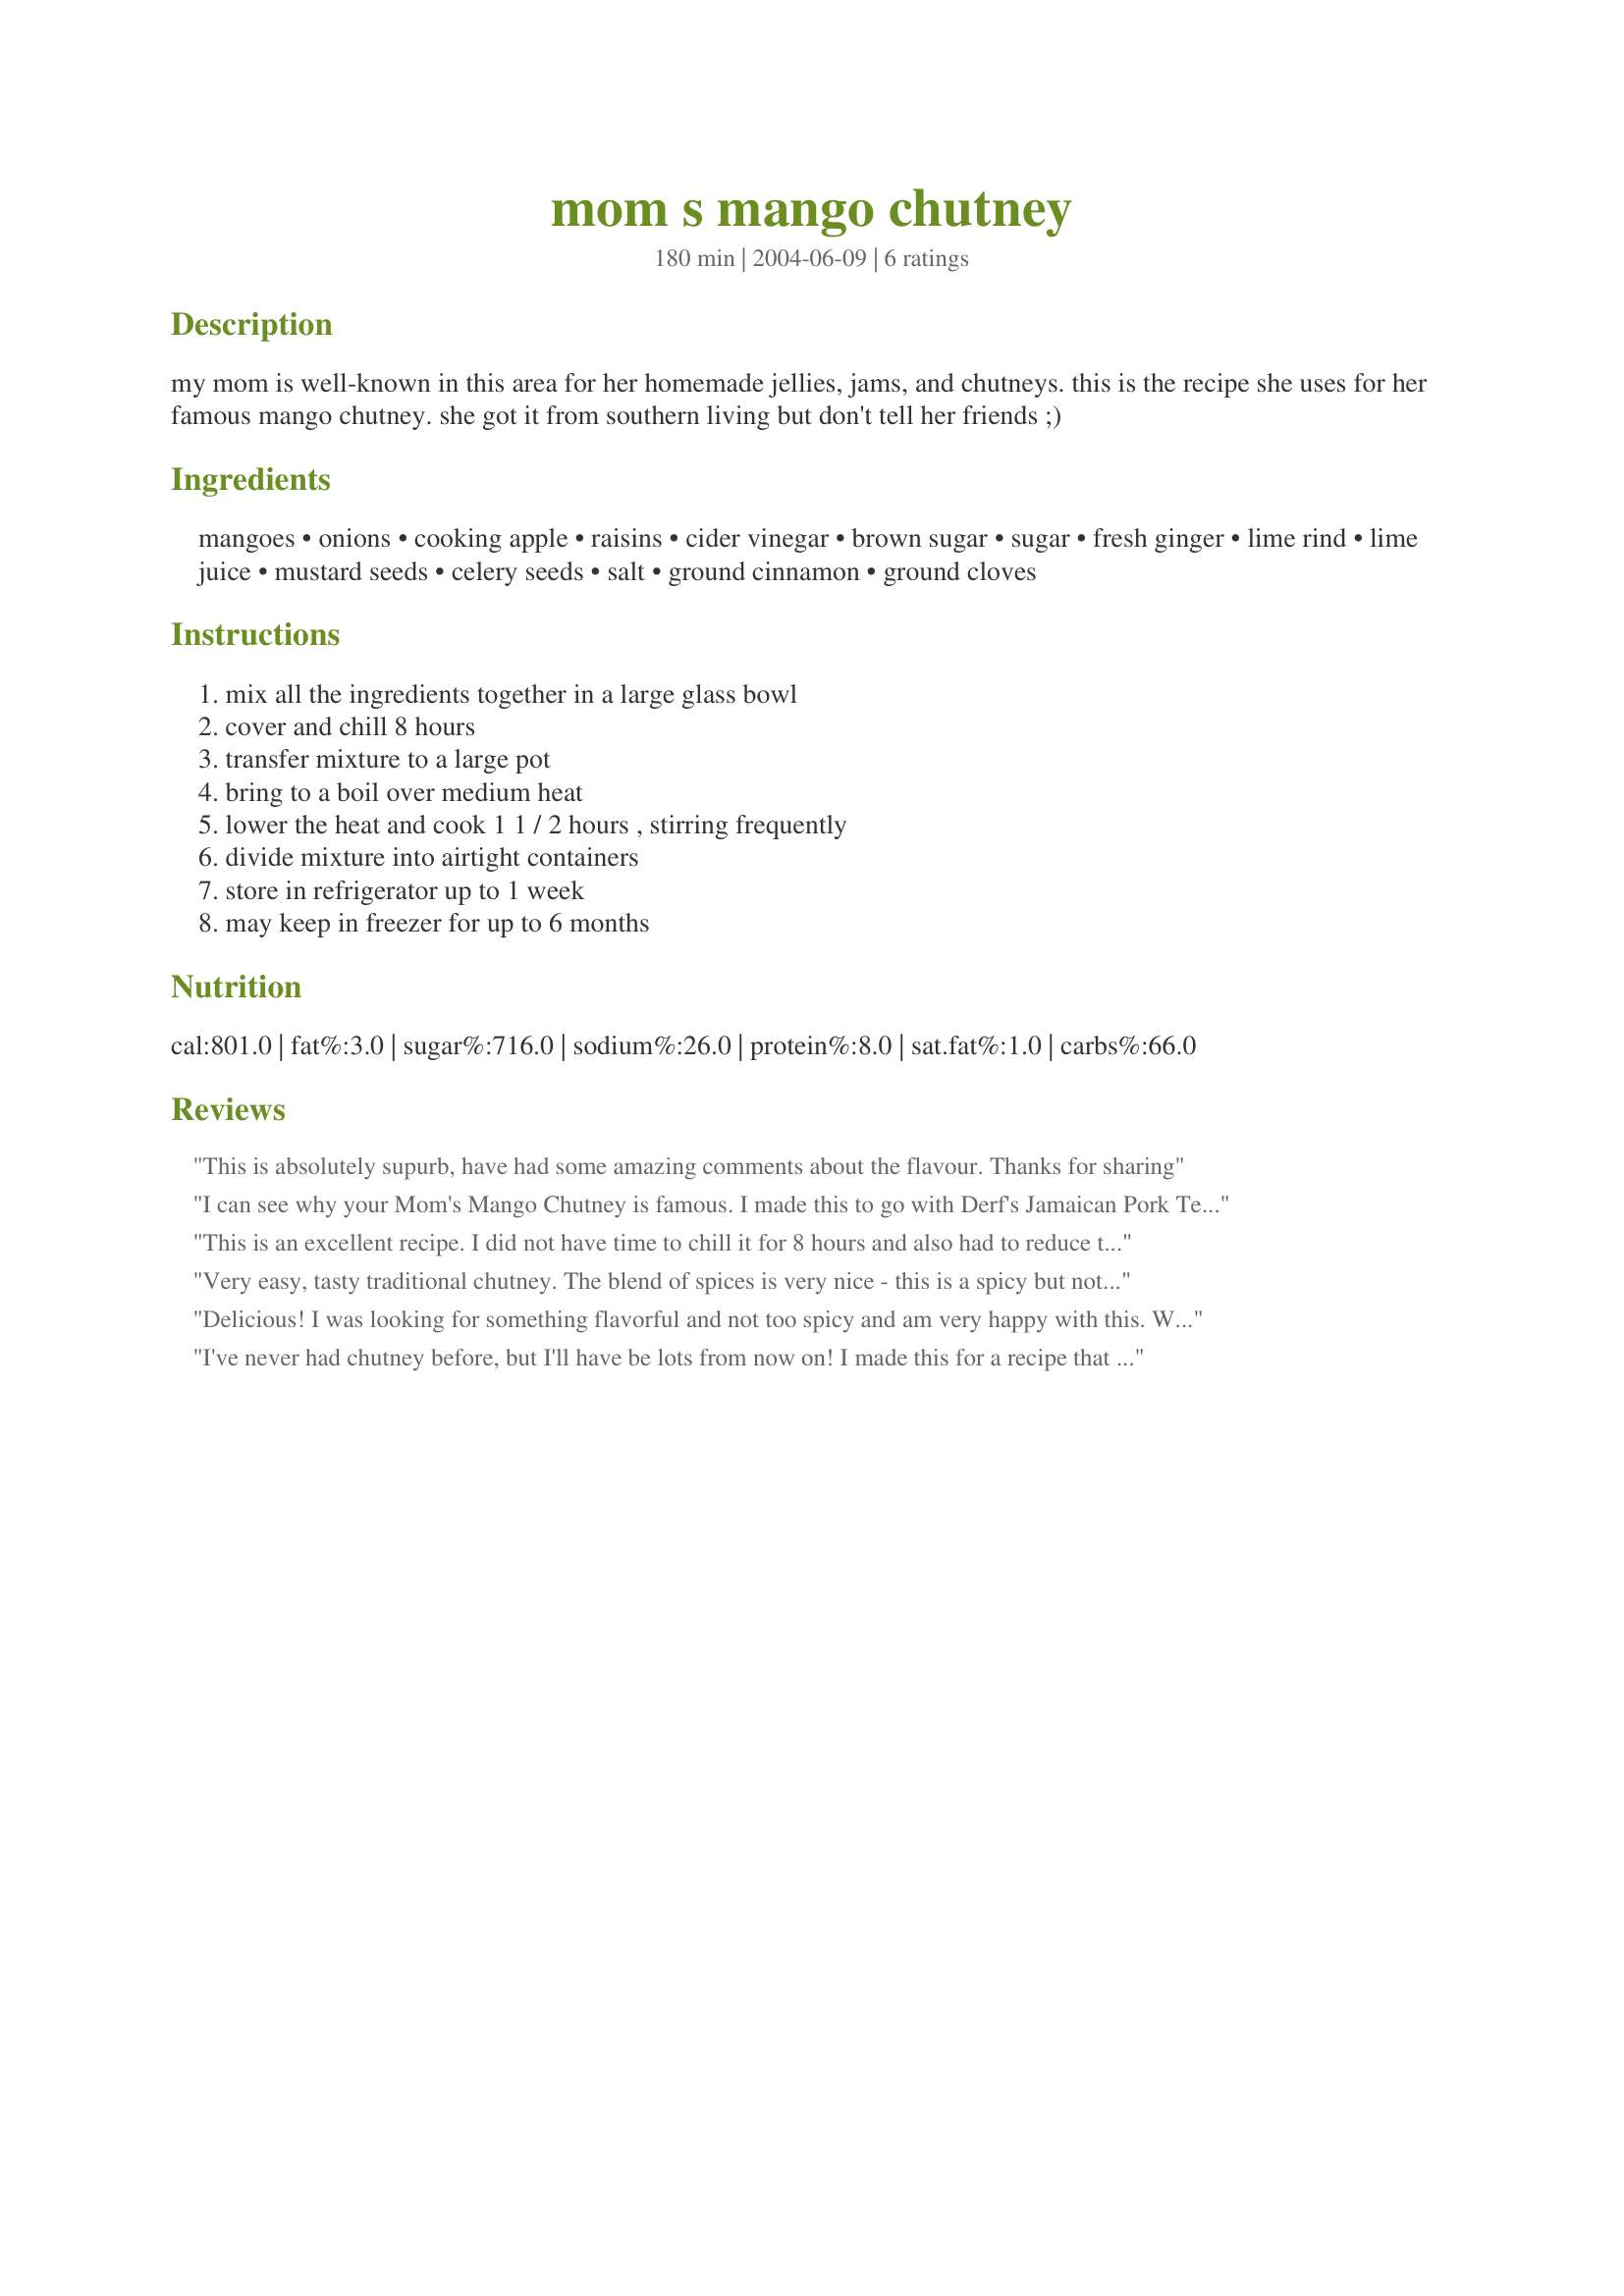
mom s mango chutney
Preparation time: 180 minutes

my mom is well-known in this area for her homemade jellies, jams, and chutneys. this is the recipe she uses for her famous mango chutney. she got it from southern living but don't tell her friends ;)

Ingredients:
mangoes, onions, cooking apple, raisins, cider vinegar, brown sugar, sugar, fresh ginger, lime rind, lime juice, mustard seeds, celery seeds, salt, ground cinnamon, ground cloves

Steps:
mix all the ingredients together in a large glass bowl, cover and chill 8 hours, transfer mixture to a large pot, bring to a boil over medium heat, lower the heat and cook 1 1 / 2 hours , stirring frequently, divide mixture into airtight containers, store in refrigerator up to 1 week, may keep in freezer for up to 6 months

Reviews:
This is absolutely supurb, have had some amazing comments about the flavour. Thanks for sharing
I can see why your Mom's Mango Chutney is famous. I made this to go with Derf's Jamaican Pork Tenderloin and it absolutely made the dish. I used some really plump golden raisins. I'll be using this many times. Thank you for posting and also thank your mom for me.
This is an excellent recipe. I did not have time to chill it for 8 hours and also had to reduce the onions for my husband's sake and it still turned out delicious! : ) Thank you for submitting it.
Very easy, tasty traditional chutney. The blend of spices is very nice - this is a spicy but not hot mango chutney. Will definitely make again. Thanks.
Delicious! I was looking for something flavorful and not too spicy and am very happy with this. We used this for Roast Chicken with Chutney, Honey and Soy Glaze #60631. Really really good. I gave some as gifts too. Thanks for posting!
I've never had chutney before, but I'll have be lots from now on! I made this for a recipe that uses it as an ingredient (and I couldn't find it at the grocery store). The blend of flavors is just wonderful! Thanks for a great recipe!
